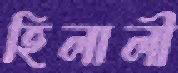
হিলালী